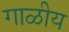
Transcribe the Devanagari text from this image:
गाळीय